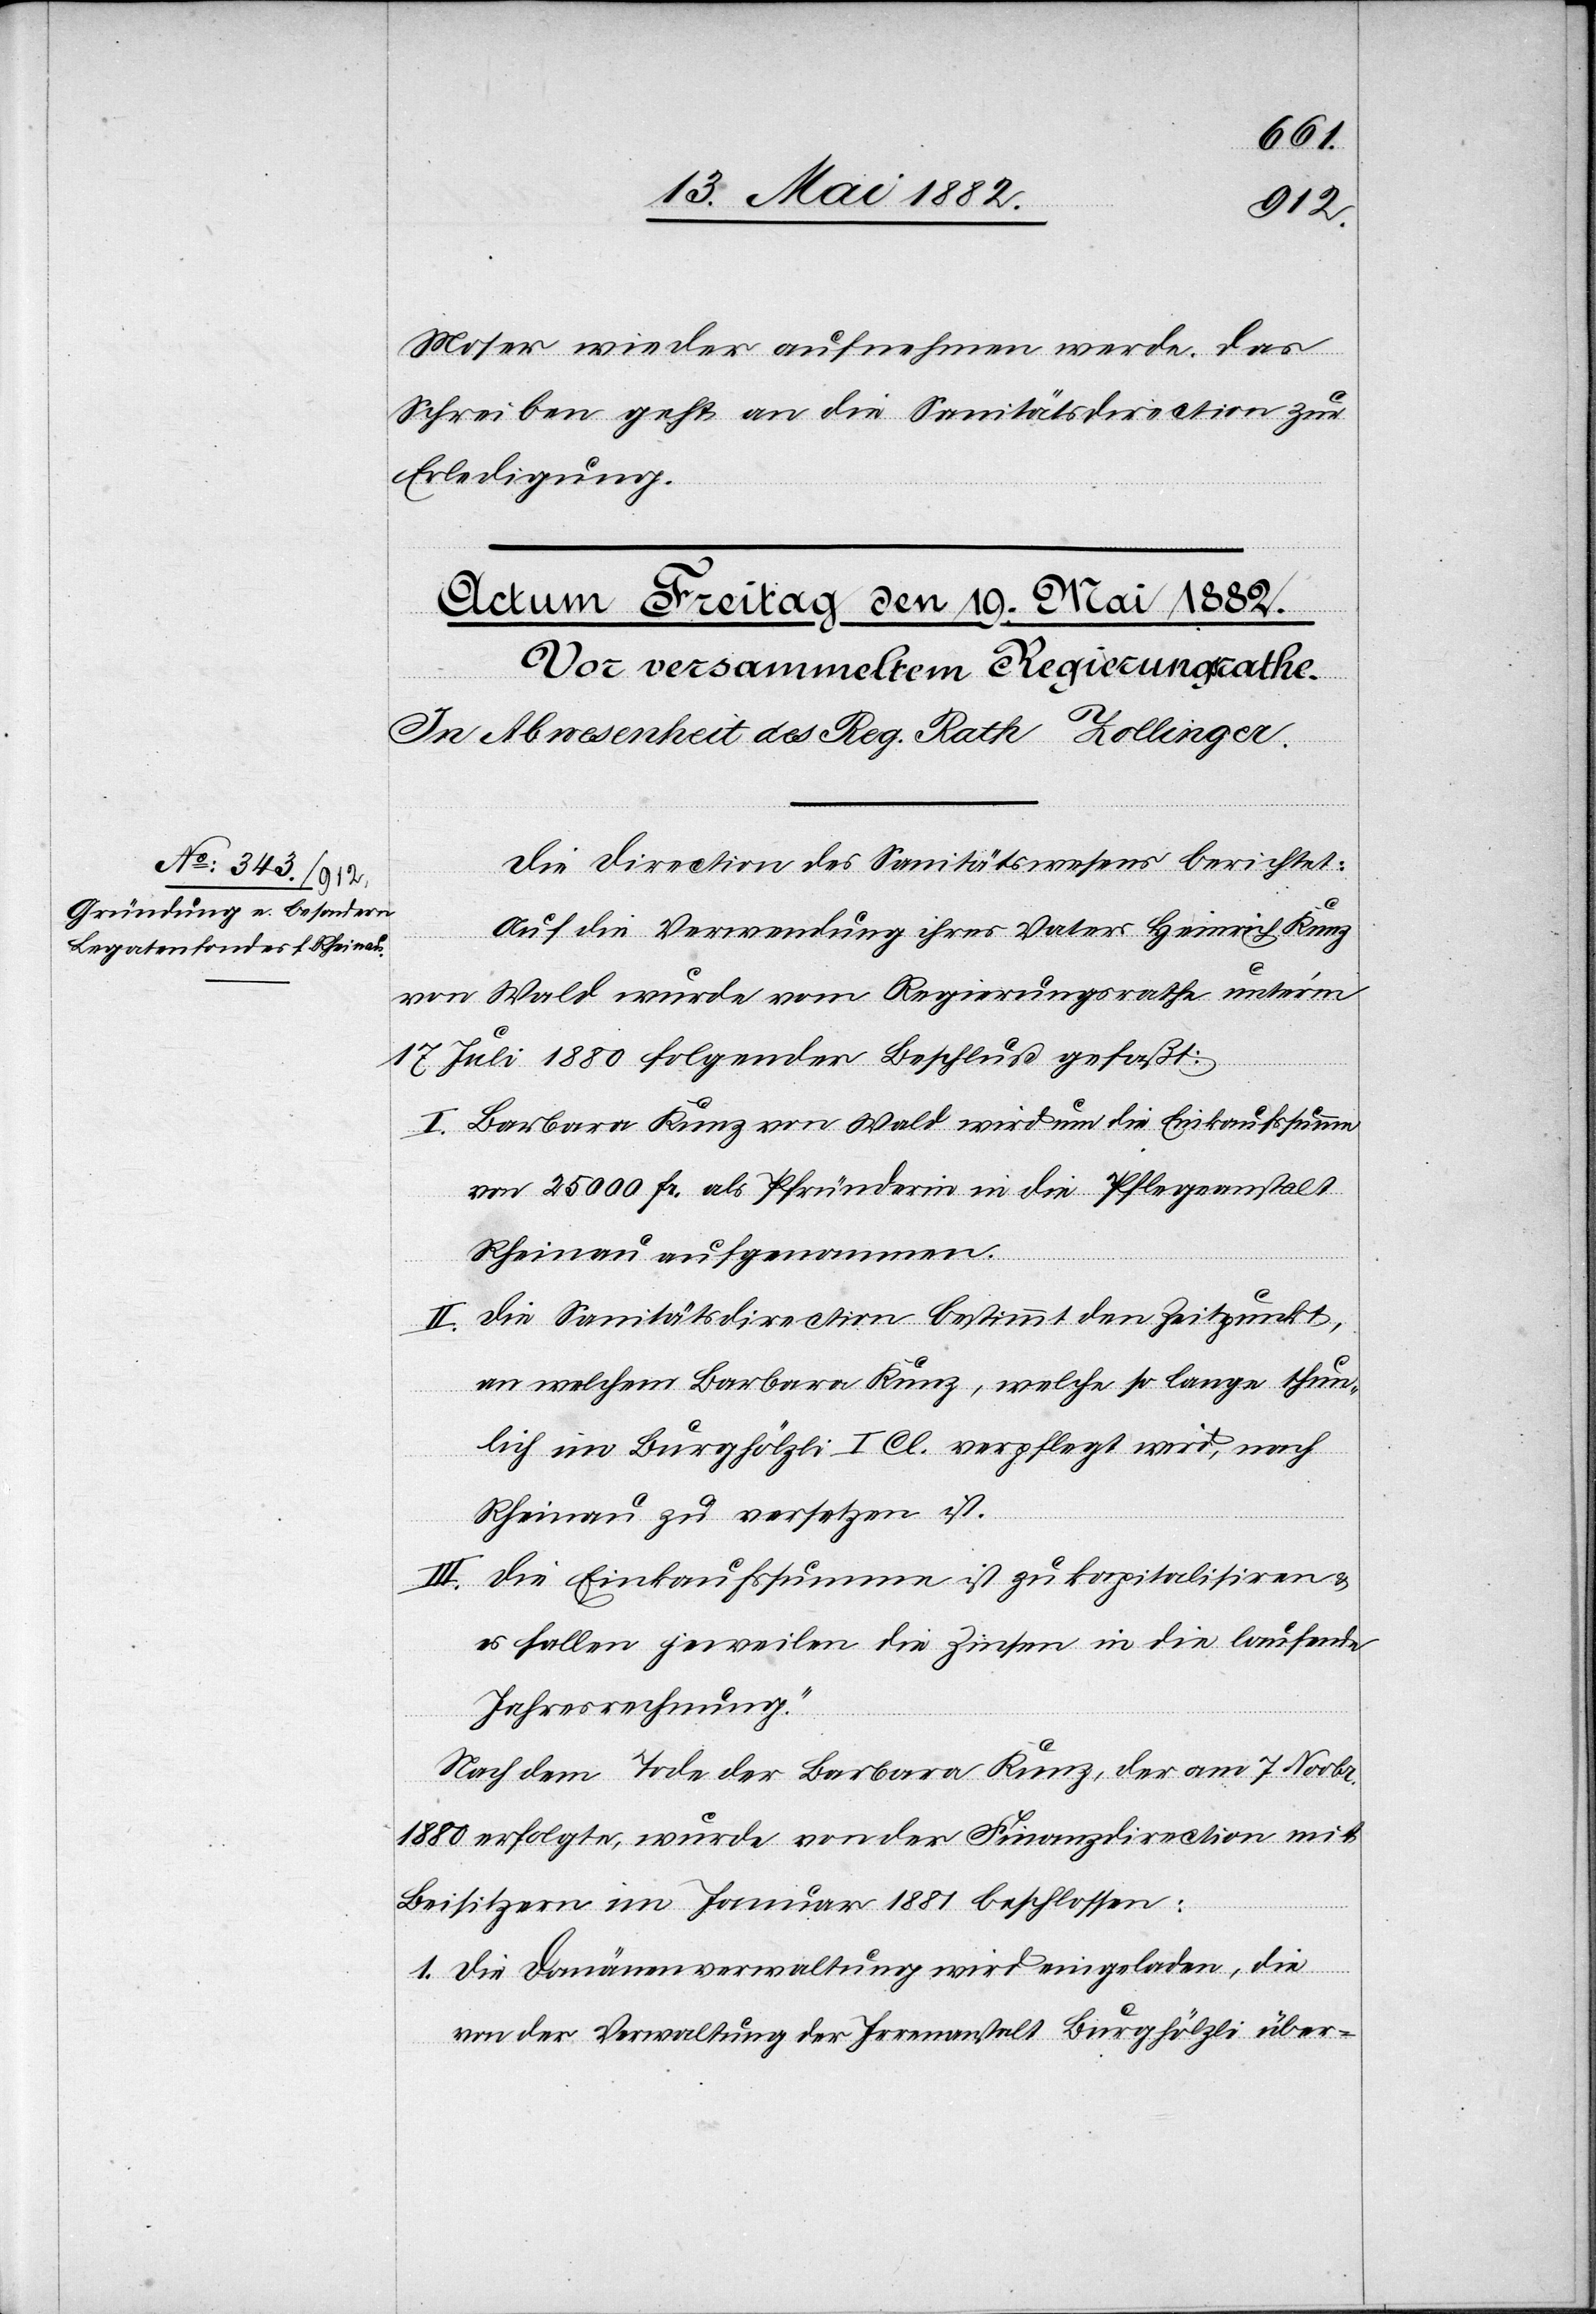
Moser wieder aufnehmen werde. Das
Schreiben geht an die Sanitätsdirection zur
Erledigung.
Die Direction des Sanitätswesens berichtet:
Auf die Verwendung ihres Vaters Heinrich Kunz
von Wald wurde vom Regierungsrathe unterm
17. Juli 1880 folgender Beschluß gefaßt:
I. Barbara Kunz von Wald wird um die Einkaufssumme
von 25 000 Fr. als Pfründerin in die Pflegeanstalt
Rheinau aufgenommen.
II. Die Sanitätsdirection bestimmt den Zeitpunkt,
an welchem Barbara Kunz, welche so lange thun¬
lich im Burghölzli I. Cl. verpflegt wird, nach
Rheinau zu versetzen ist.
Die Einkaufssumme ist zu kapitalisiren &
es fallen jeweilen die Zinsen in die laufende
Jahresrechnung.
Nach dem Tode der Barbara Kunz, der am 7. Novbr.
1880 erfolgte, wurde von der Finanzdirection mit
Beisitzern im Januar 1881 beschlossen:
1. Die Domänenverwaltung wird eingeladen, die
von der Verwaltung der Irrenanstalt Burghölzli über-